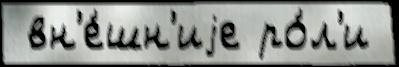
 вн'е́шн'иjе ро́л'и